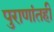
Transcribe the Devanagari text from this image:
पुराणांतही